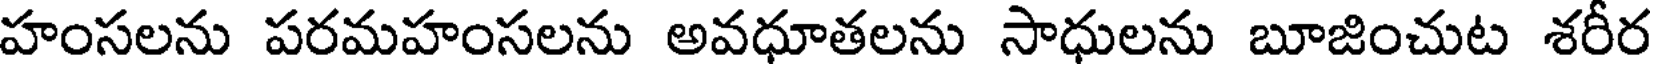
హంసలను పరమహంసలను అవధూతలను సాధులను బూజించుట శరీర